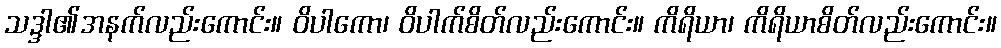
သဒ္ဒါ၏အနက်လည်းကောင်း။ ဝိပါကော၊ ဝိပါက်စိတ်လည်းကောင်း။ ကိရိယာ၊ ကိရိယာစိတ်လည်းကောင်း။